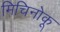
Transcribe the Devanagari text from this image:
मिचिनोकू